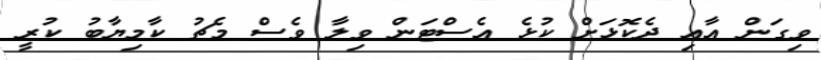
ވިގަން އާއި ދެކޮޅަށް ކުޅެ އެސްޓަން ވިލާ ވެސް މެޗު ކާމިޔާބު ކުރީ